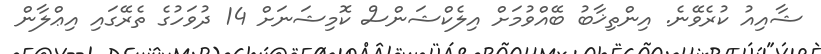
ޝާއިއު ކުރެވޭނެ. އިންތިޚާބު ބޭއްވުމަށް އިލެކްޝަންސް ކޮމިޝަނަށް 14 ދުވަހުގެ ތެރޭގައި އިޢްލާން